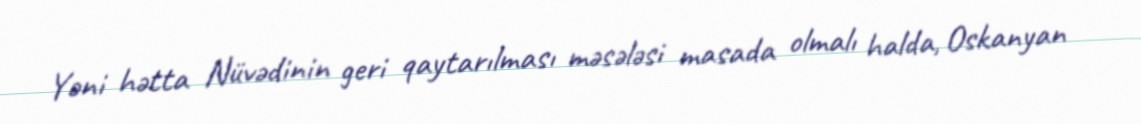
Yəni hətta Nüvədinin geri qaytarılması məsələsi masada olmalı halda, Oskanyan